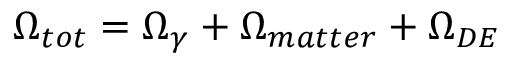
\Omega _ { t o t } = \Omega _ { \gamma } + \Omega _ { m a t t e r } + \Omega _ { D E }